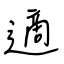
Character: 適